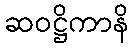
ဆဝဋ္ဌိကာနိ